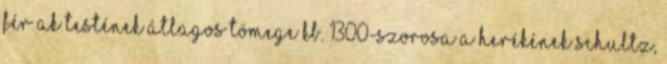
férﬁak testének átlagos tömege kb. 1300-szorosa a herékének Schultz,